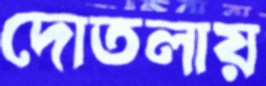
দোতলায়